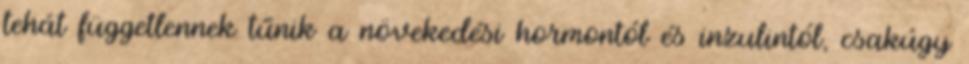
tehát függetlennek tűnik a növekedési hormontól és inzulintól, csakúgy